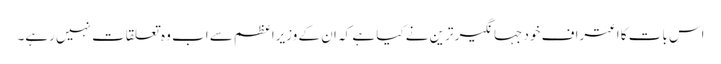
اس بات کا اعتراف خود جہانگیر ترین نے کیا ہے کہ ان کے وزیراعظم سے اب وہ تعلقات نہیں رہے۔